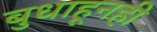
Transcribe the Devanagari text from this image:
बुधाहूनही